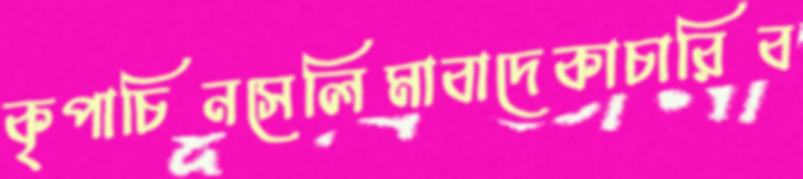
কৃপাচিনসেলিমাবাদেকাচারিব